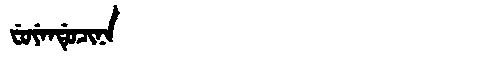
Manchu: ᠸᡠᠶᡝᠨᡩᡠᠴᡳᠨᠠ
Romanization: FUYENDUCINA